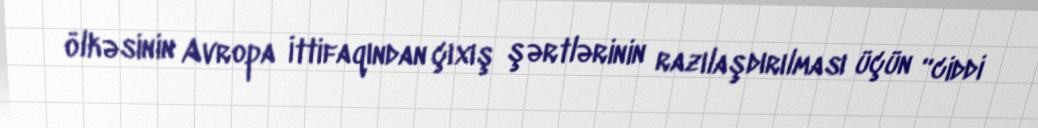
ölkəsinin Avropa İttifaqından çıxış şərtlərinin razılaşdırılması üçün “ciddi